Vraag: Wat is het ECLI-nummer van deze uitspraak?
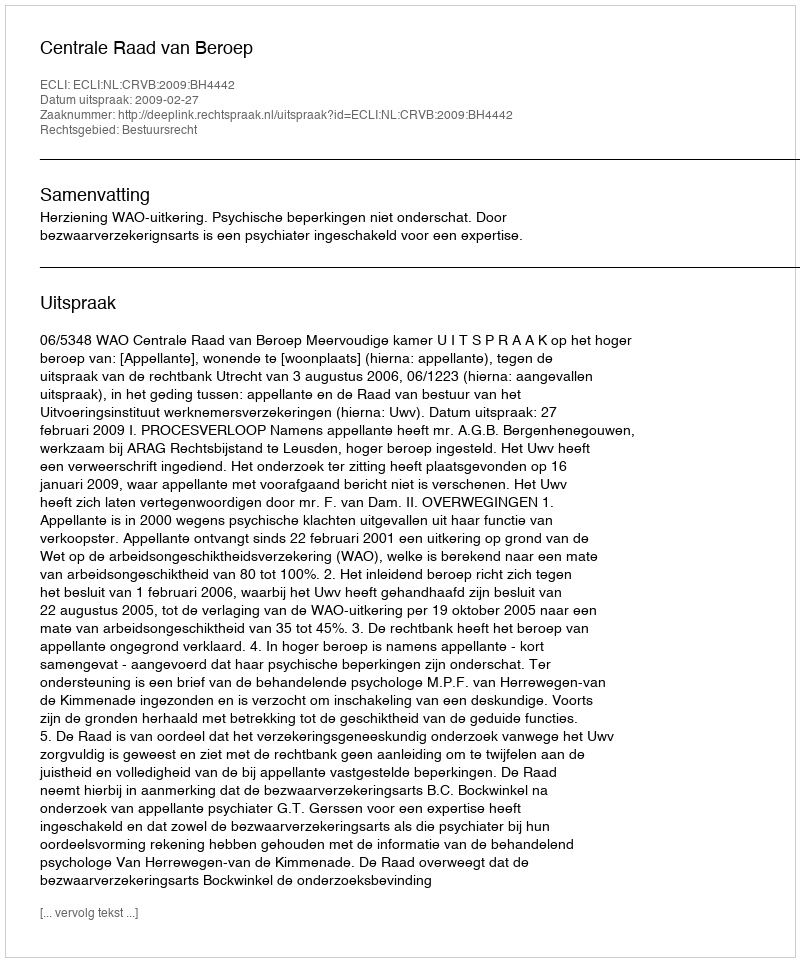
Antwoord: ECLI:NL:CRVB:2009:BH4442